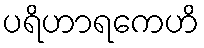
ပရိဟာရကေဟိ